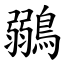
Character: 鶸